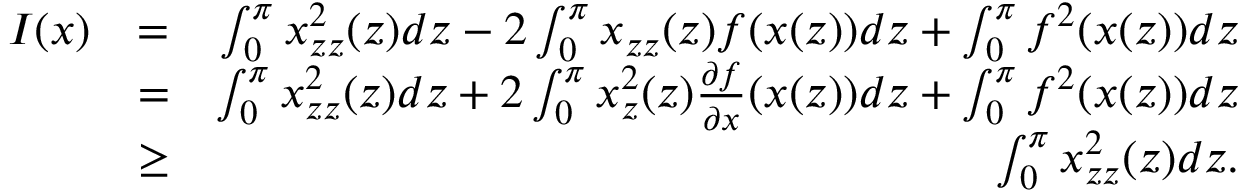
\begin{array} { r l r } { I ( x ) } & { = } & { \int _ { 0 } ^ { \pi } x _ { z z } ^ { 2 } ( z ) d z - 2 \int _ { 0 } ^ { \pi } x _ { z z } ( z ) f ( x ( z ) ) d z + \int _ { 0 } ^ { \pi } f ^ { 2 } ( x ( z ) ) d z } \\ & { = } & { \int _ { 0 } ^ { \pi } x _ { z z } ^ { 2 } ( z ) d z + 2 \int _ { 0 } ^ { \pi } x _ { z } ^ { 2 } ( z ) \frac { \partial f } { \partial x } ( x ( z ) ) d z + \int _ { 0 } ^ { \pi } { f ^ { 2 } ( x ( z ) ) d z } } \\ & { \ge } & { \int _ { 0 } ^ { \pi } x _ { z z } ^ { 2 } ( z ) d z . } \end{array}